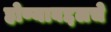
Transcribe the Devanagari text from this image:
होण्याबद्दलचे